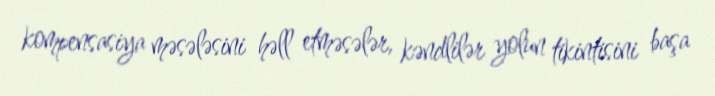
kompensasiya məsələsini həll etməsələr, kəndlilər yolun tikintisini başa